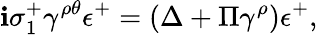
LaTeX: \mathbf{i}\sigma_{1}^{+}\gamma^{\rho\theta}\epsilon^{+}=(\Delta+\Pi\gamma^{\rho})\epsilon^{+},